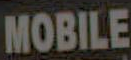
MOBILE